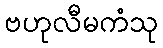
ဗဟုလီမကံသု